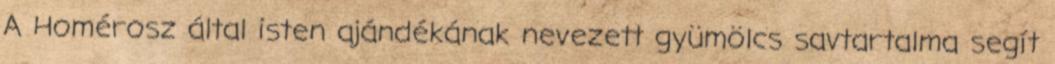
A Homérosz által isten ajándékának nevezett gyümölcs savtartalma segít